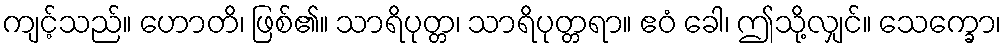
ကျင့်သည်။ ဟောတိ၊ ဖြစ်၏။ သာရိပုတ္တ၊ သာရိပုတ္တရာ။ ဧဝံ ခေါ၊ ဤသို့လျှင်။ သေက္ခော၊